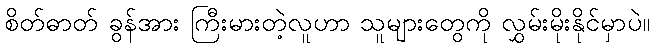
စိတ်ဓာတ် ခွန်အား ကြီးမားတဲ့လူဟာ သူများတွေကို လွှမ်းမိုးနိုင်မှာပဲ။